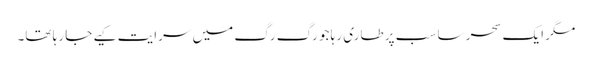
مگر ایک سحر سا سب پر طاری رہا جو رگ رگ میں سرایت کیے جا رہا تھا۔